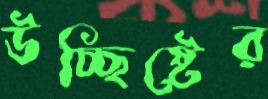
উচ্ছিষ্টের